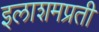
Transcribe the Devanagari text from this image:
इलाशमप्रती